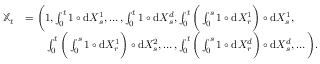
\begin{array} { r l } { { \mathbb X } _ { t } } & { = \bigg ( 1 , \int _ { 0 } ^ { t } 1 \circ { \mathrm { d } } X _ { s } ^ { 1 } , \ldots , \int _ { 0 } ^ { t } 1 \circ { \mathrm { d } } X _ { s } ^ { d } , \int _ { 0 } ^ { t } \bigg ( \int _ { 0 } ^ { s } 1 \circ { \mathrm { d } } X _ { r } ^ { 1 } \bigg ) \circ { \mathrm { d } } X _ { s } ^ { 1 } , } \\ & { \qquad \int _ { 0 } ^ { t } \bigg ( \int _ { 0 } ^ { s } 1 \circ { \mathrm { d } } X _ { r } ^ { 1 } \bigg ) \circ { \mathrm { d } } X _ { s } ^ { 2 } , \ldots , \int _ { 0 } ^ { t } \bigg ( \int _ { 0 } ^ { s } 1 \circ { \mathrm { d } } X _ { r } ^ { d } \bigg ) \circ { \mathrm { d } } X _ { s } ^ { d } , \ldots \bigg ) . } \end{array}